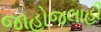
જાહોજલાહી